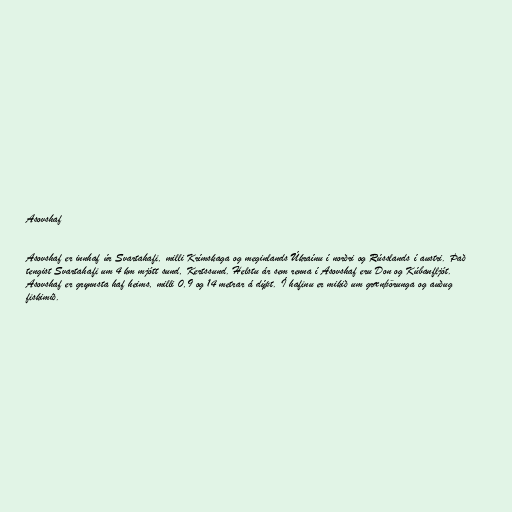
Asovshaf

Asovshaf er innhaf úr Svartahafi, milli Krímskaga og meginlands Úkraínu í norðri og Rússlands í austri. Það
tengist Svartahafi um 4 km mjótt sund, Kertssund. Helstu ár sem renna í Asovshaf eru Don og Kúbanfljót.
Asovshaf er grynnsta haf heims, milli 0,9 og 14 metrar á dýpt. Í hafinu er mikið um grænþörunga og auðug
fiskimið.